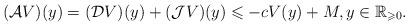
LaTeX: \begin{align*}(\mathcal{A}V)(y)=(\mathcal{D}V)(y)+(\mathcal{J}V)(y)\leqslant-cV(y)+M,y\in\mathbb{R}_{\geqslant0}.\end{align*}